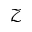
\mathcal { Z }